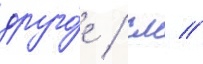
друго́е / см //